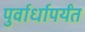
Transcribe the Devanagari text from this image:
पुर्वार्धापर्यंत